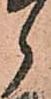
郎